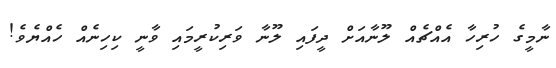
ނާމީގެ ހުރިހާ އެއްޗެއް ލޫނާއަށް ދީފައި ލޫނާ ވަރިކުރީމައި ވާނީ ކިހިނެއް ހެއްޔެވެ!